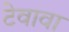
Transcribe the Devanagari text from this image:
टेवावा